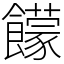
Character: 饛